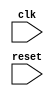
module parameter_assignment (
  input wire clk,
  input wire reset
);

parameter PARAM1 = 4;
parameter PARAM2 = 8;

// Module logic here

endmodule